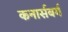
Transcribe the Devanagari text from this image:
कनार्सबर्ग